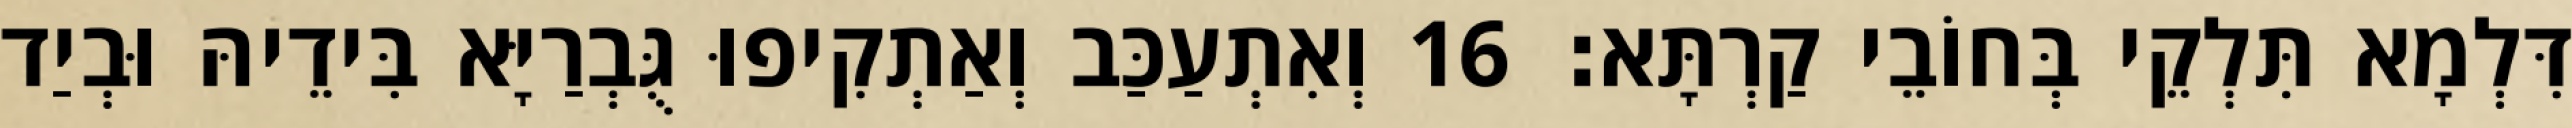
דִּלְמָא תִּלְקֵי בְּחוֹבֵי קַרְתָּא׃ 16 וְאִתְעַכַּב וְאַתְקִיפוּ גֻּבְרַיָּא בִּידֵיהּ וּבְיַד